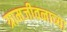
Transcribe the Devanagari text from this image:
ग्रामजीवनाच्या